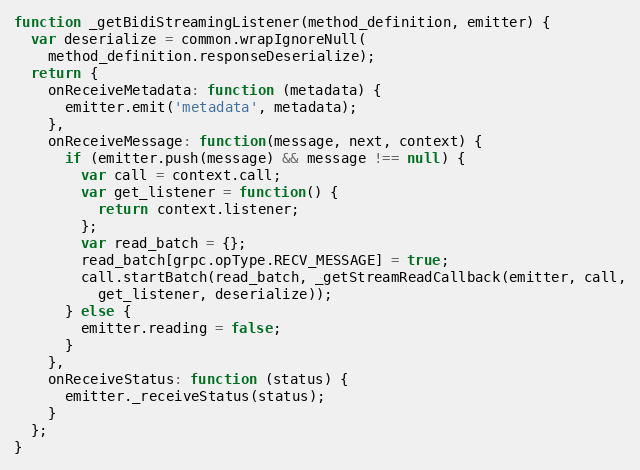
Language: JavaScript
function _getBidiStreamingListener(method_definition, emitter) {
  var deserialize = common.wrapIgnoreNull(
    method_definition.responseDeserialize);
  return {
    onReceiveMetadata: function (metadata) {
      emitter.emit('metadata', metadata);
    },
    onReceiveMessage: function(message, next, context) {
      if (emitter.push(message) && message !== null) {
        var call = context.call;
        var get_listener = function() {
          return context.listener;
        };
        var read_batch = {};
        read_batch[grpc.opType.RECV_MESSAGE] = true;
        call.startBatch(read_batch, _getStreamReadCallback(emitter, call,
          get_listener, deserialize));
      } else {
        emitter.reading = false;
      }
    },
    onReceiveStatus: function (status) {
      emitter._receiveStatus(status);
    }
  };
}